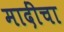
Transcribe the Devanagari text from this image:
मादींचा